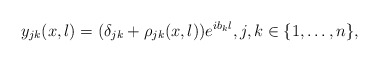
\begin{align*} y_{jk}(x,\l) = (\delta_{jk}+\rho_{jk}(x,\l))e^{i b_k \l}, j,k \in \{1,\ldots,n\},\end{align*}